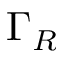
\Gamma _ { R }